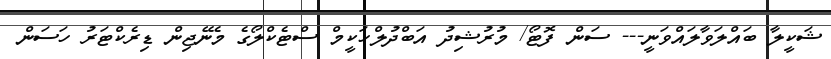
ޝަކީލާ ބައްލަވާލައްވަނީ--- ސަން ފޮޓޯ/ މުރުޝިދު އަބްދުލްހަކީމް ސްޓެކްލޯގެ މެނޭޖިން ޑިރެކްޓަރު ހަސަން